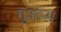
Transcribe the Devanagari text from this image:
गुआस